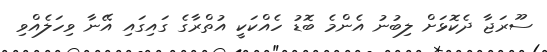
ސޫރަޖާ ދެކޮޅަށް ލިބުނު އެންމެ ބޮޑު ހެއްކަކީ އުތްރާގެ ގައިގައި އޭނާ ވިހަލެއްވި